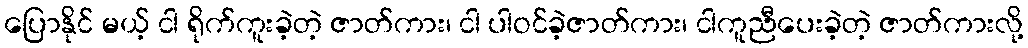
ပြောနိုင် မယ့် ငါ ရိုက်ကူးခဲ့တဲ့ ဇာတ်ကား၊ ငါ ပါဝင်ခဲ့ဇာတ်ကား၊ ငါကူညီပေးခဲ့တဲ့ ဇာတ်ကားလို့